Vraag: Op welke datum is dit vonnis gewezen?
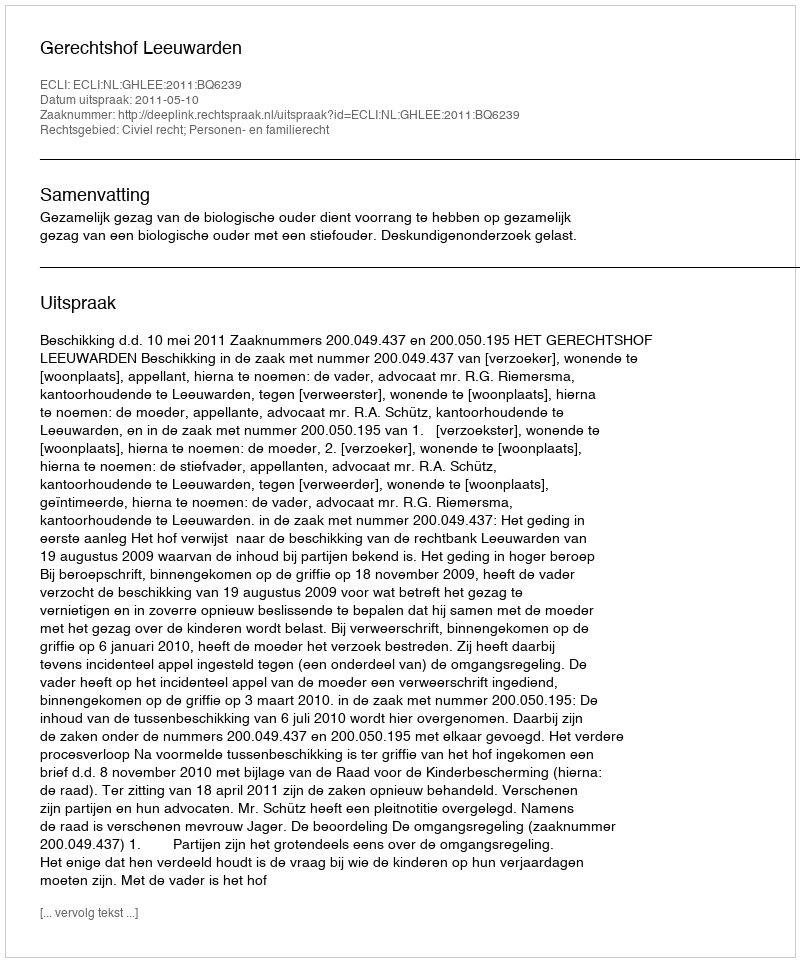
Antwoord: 2011-05-10